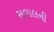
સવાલની